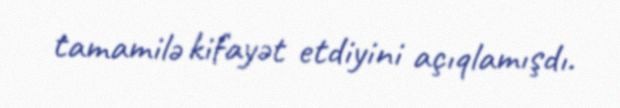
tamamilə kifayət etdiyini açıqlamışdı.